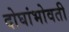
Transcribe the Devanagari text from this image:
दोघांभोवती